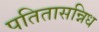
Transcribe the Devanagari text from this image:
पतितासन्निध